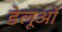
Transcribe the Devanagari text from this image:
डेलूओं